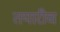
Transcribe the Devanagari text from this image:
तयारीच